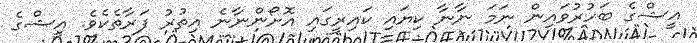
އީޝްގެ ބަހުރުވައިން ނަމަ ނާނާ ކިޔައި ކައިރީގައި އޮށޯންނާނެ އިތުރު ފަރާތެކެވެ. އީޝްގެ